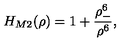
H _ { M 2 } ( \rho ) = 1 + \frac { \rho _ { - } ^ { 6 } } { \rho ^ { 6 } } ,